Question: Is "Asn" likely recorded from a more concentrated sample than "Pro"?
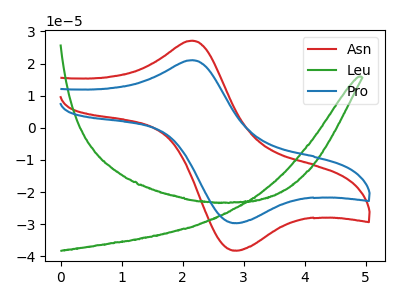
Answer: <think>The red curve "Asn" has an anodic peak at (2.15V, 27.15uA) and a cathodic peak at (2.90V, -38.20uA). The green curve "Leu" has no peaks. The blue curve "Pro" has an anodic peak at (2.15V, 21.05uA) and a cathodic peak at (2.90V, -29.65uA).
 All the peaks in "Asn" have a peak in "Pro" at the same potential. Every peak in "Asn" is higher than every peak in "Pro".</think>
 <answer>"Asn" has more signal than "Pro".</answer>
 <eval>more_signal</eval>